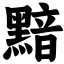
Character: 黯